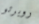
روبرتو